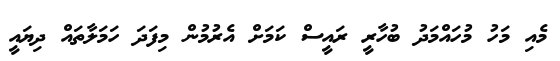
މެއި މަހު މުހައްމަދު ބުހާރީ ރައީސް ކަމަށް އެރުމުން މިފަދަ ހަމަލާތައް ދިޔައީ